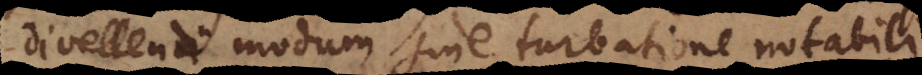
divellendi modum sine turbatione notabili